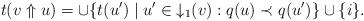
LaTeX: \begin{align*}t(v\Uparrow u)=\cup\{t(u')\mid u'\in{\downarrow_1}(v): q(u)\prec q(u')\}\cup\{i\}.\end{align*}